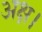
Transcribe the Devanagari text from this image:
अक्ष।